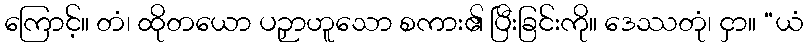
ကြောင့်။ တံ၊ ထိုတယော ပဉှာဟူသော စကား၏ ပြီးခြင်းကို။ ဒေဿတုံ၊ ငှာ။ “ယံ